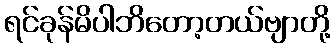
ရင်ခုန်မိပါဘိတော့တယ်ဗျာတို့